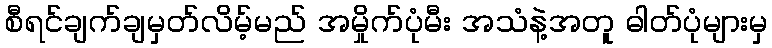
စီရင်ချက်ချမှတ်လိမ့်မည် အမှိုက်ပုံမီး အသံနဲ့အတူ ဓါတ်ပုံများမှ